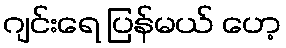
ဂျင်းရေ ပြန်မယ် ဟေ့